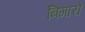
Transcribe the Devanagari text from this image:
बिगारो